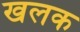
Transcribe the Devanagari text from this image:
खलक